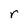
Character: r